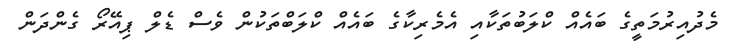
މެދުއިރުމަތީގެ ބައެއް ކްލަބުތަކާއި އެމެރިކާގެ ބައެއް ކްލަބްތަކުން ވެސް ޑެލް ޕިއޭރޯ ގެންދަން